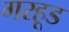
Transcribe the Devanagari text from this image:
गरहूड